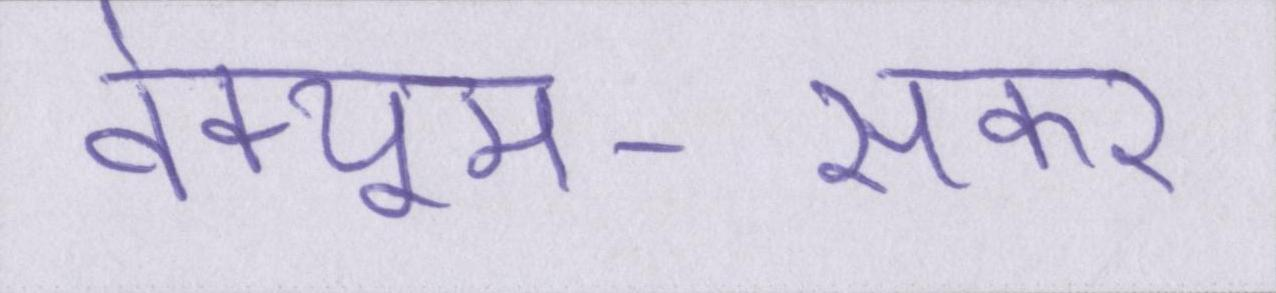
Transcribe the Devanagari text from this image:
वेक्यूम-सकर